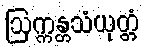
ဩက္ကန္တသံယုတ္တံ